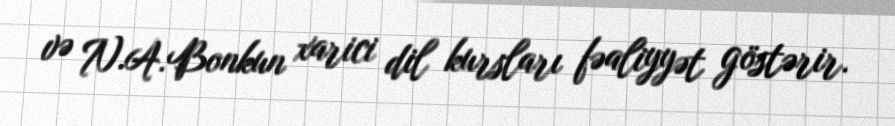
və N.A.Bonkun xarici dil kursları fəaliyyət göstərir.